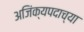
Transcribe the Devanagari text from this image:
अजिंक्यपदाच्या